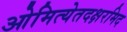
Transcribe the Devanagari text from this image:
ओमित्येतदक्षरमिद